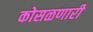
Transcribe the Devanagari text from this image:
कोसळणारी